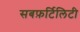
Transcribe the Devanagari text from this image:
सबफ़र्टिलिटी